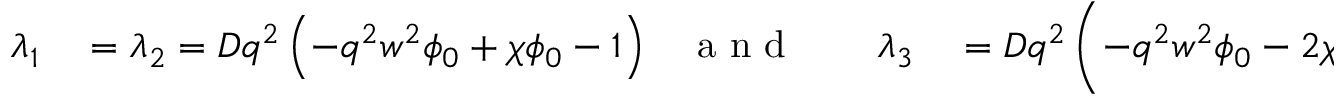
\begin{array} { r l r l r l } { \lambda _ { 1 } } & { { } = \lambda _ { 2 } = D q ^ { 2 } \left( - q ^ { 2 } w ^ { 2 } \phi _ { 0 } + \chi \phi _ { 0 } - 1 \right) } & { \mathrm { ~ a ~ n ~ d ~ } } & { { } } & { \lambda _ { 3 } } & { { } = D q ^ { 2 } \left( - q ^ { 2 } w ^ { 2 } \phi _ { 0 } - 2 \chi \phi _ { 0 } + \frac { 1 } { 3 \phi _ { 0 } - 1 } \right) \; . } \end{array}